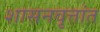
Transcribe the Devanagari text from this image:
शासनवृत्तांत